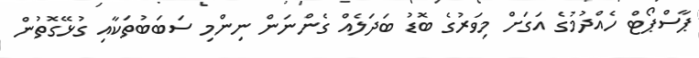
ޕާސްޕޯޓް ހެއްދުމުގެ އަގަށް މިވަރުގެ ބޮޑު ބަދަލެއް ގެންނަން ނިންމި ސަބަބުތަކާއި ގުޅޭގޮތުން